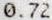
0.72